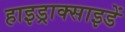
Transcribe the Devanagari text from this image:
हाइड्राक्साइडें